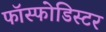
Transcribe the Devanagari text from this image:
फॉस्फोडिस्टर